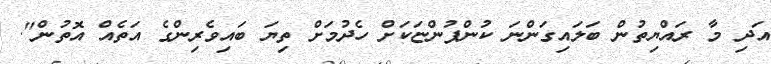
އަދި މާ ރައްޔިތުން ބަލައިގަންނަ ކުންފުންޏަކަށް ހެދުމަށް ތިޔަ ބައިވެރިންގެ އަތެއް އޮތުން".